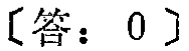
[答：0]